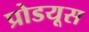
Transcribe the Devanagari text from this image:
प्रोडयूस